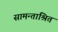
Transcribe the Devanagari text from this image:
सामन्ताश्रित